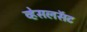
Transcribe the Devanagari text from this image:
व्हेसलसॅट